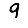
Digit: 9